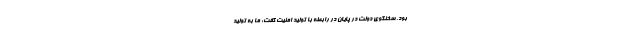
بود. سخنگوی دولت در پایان در رابطه با تولید امنیت گفت: ما به تولید